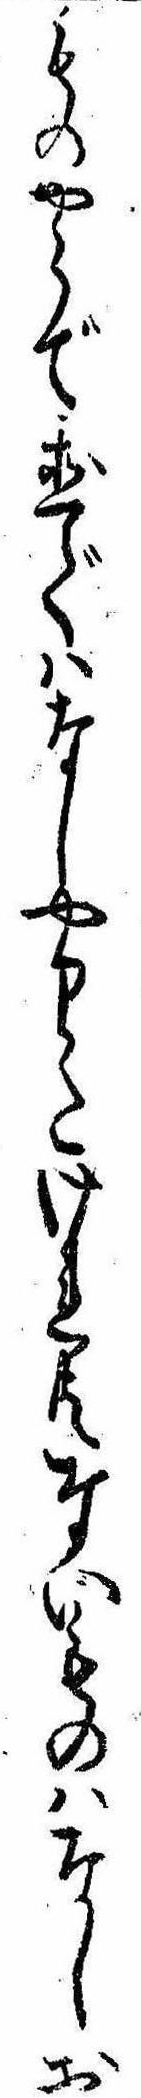
ものやらで置ではなしやりたけれ共ないものはなしお